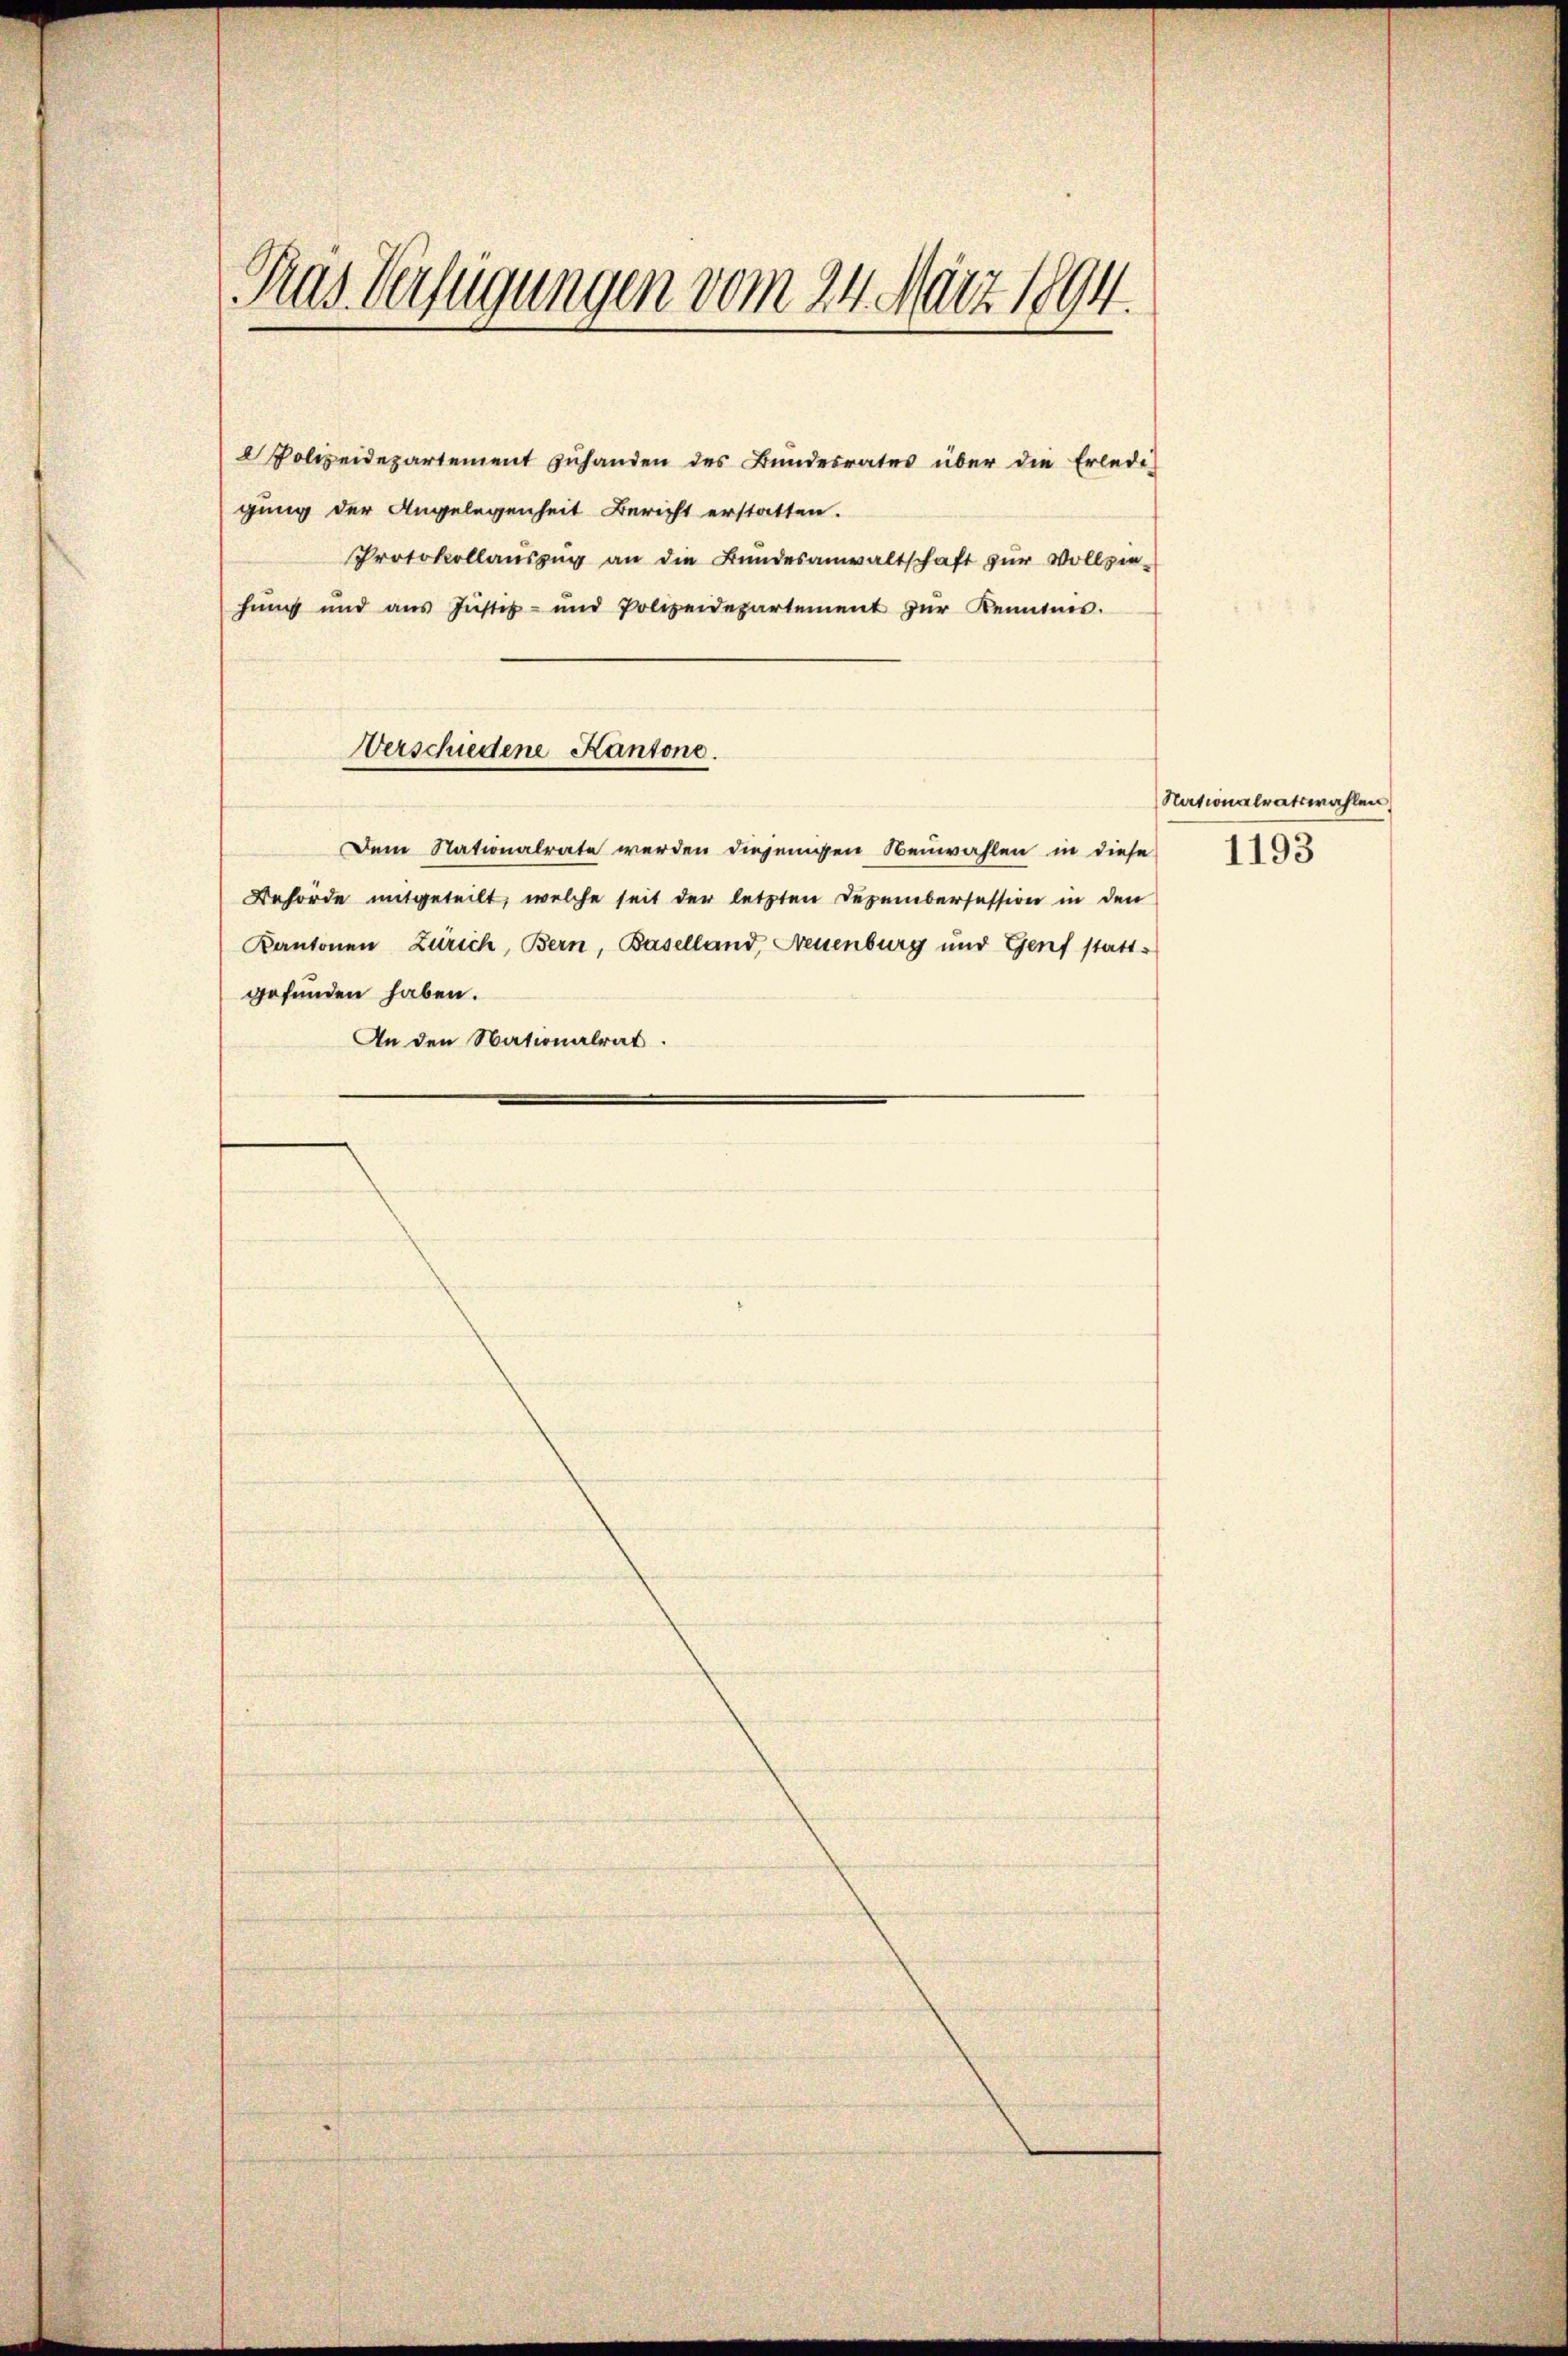
Tras Verfügungen vom 24. März 1894.

Dem Nationalrate werden diejenigen Neuwahlen in diese
Behörde mitgeteilt, welche seit der letzten Dezembersession in den
Kantonen Zürich, Bern, Baselland, Neuenburg und Genf statt-
gefunden haben.
An den Nationalrat.

Polizeidepartement zŭhanden des Bundesrates über die Erledi
gung der Angelegenheit Bericht erstatten.
Protokollauszug an die Bundesanwaltschaft zur Vollziehung und aus Justiz- und Polizeidepartement zŭr Kenntnis.

Verschiedene Kantone.

Nationalratswahlen
1193